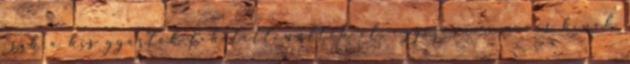
csak a kis gyártók lehetetlenültek el, egyszerűen nincs kinek